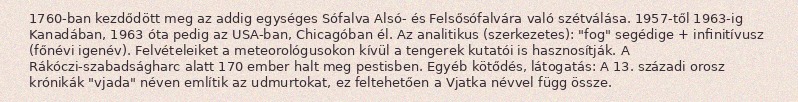
1760-ban kezdődött meg az addig egységes Sófalva Alsó- és Felsősófalvára való szétválása. 1957-től 1963-ig Kanadában, 1963 óta pedig az USA-ban, Chicagóban él. Az analitikus (szerkezetes): "fog" segédige + infinitívusz (főnévi igenév). Felvételeiket a meteorológusokon kívül a tengerek kutatói is hasznosítják. A Rákóczi-szabadságharc alatt 170 ember halt meg pestisben. Egyéb kötődés, látogatás: A 13. századi orosz krónikák "vjada" néven említik az udmurtokat, ez feltehetően a Vjatka névvel függ össze.